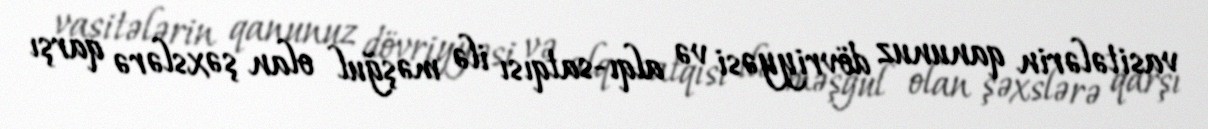
vasitələrin qanunuz dövriyyəsi və alqı-satqısı ilə məşğul olan şəxslərə qarşı